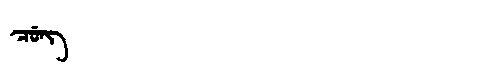
Manchu: ᠴᡠᠩ
Romanization: CUNG